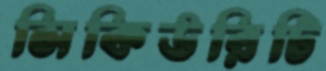
সিকিউরিটি